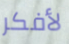
لأفكر